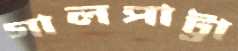
গালপাট্টা